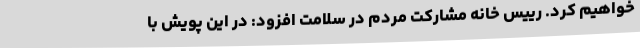
خواهیم کرد. رییس خانه مشارکت مردم در سلامت افزود: در این پویش با